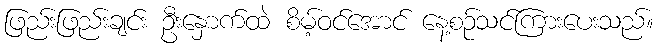
ဖြည်းဖြည်းချင်း ဦးနှောက်ထဲ စိမ့်ဝင်အောင် နေ့စဉ်သင်ကြားပေးသည်။